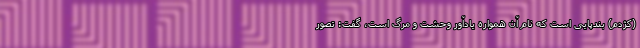
(کژدم) بندپایی است که نام آن همواره یادآور وحشت و مرگ است، گفت: تصور